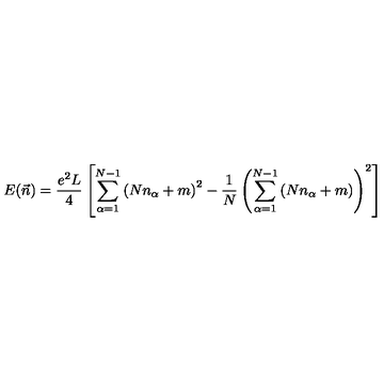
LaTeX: E ( \vec { n } ) = \frac { e ^ { 2 } L } { 4 } \left[ \sum _ { \alpha = 1 } ^ { N - 1 } \left( N n _ { \alpha } + m \right) ^ { 2 } - \frac { 1 } { N } \left( \sum _ { \alpha = 1 } ^ { N - 1 } \left( N n _ { \alpha } + m \right) \right) ^ { 2 } \right]